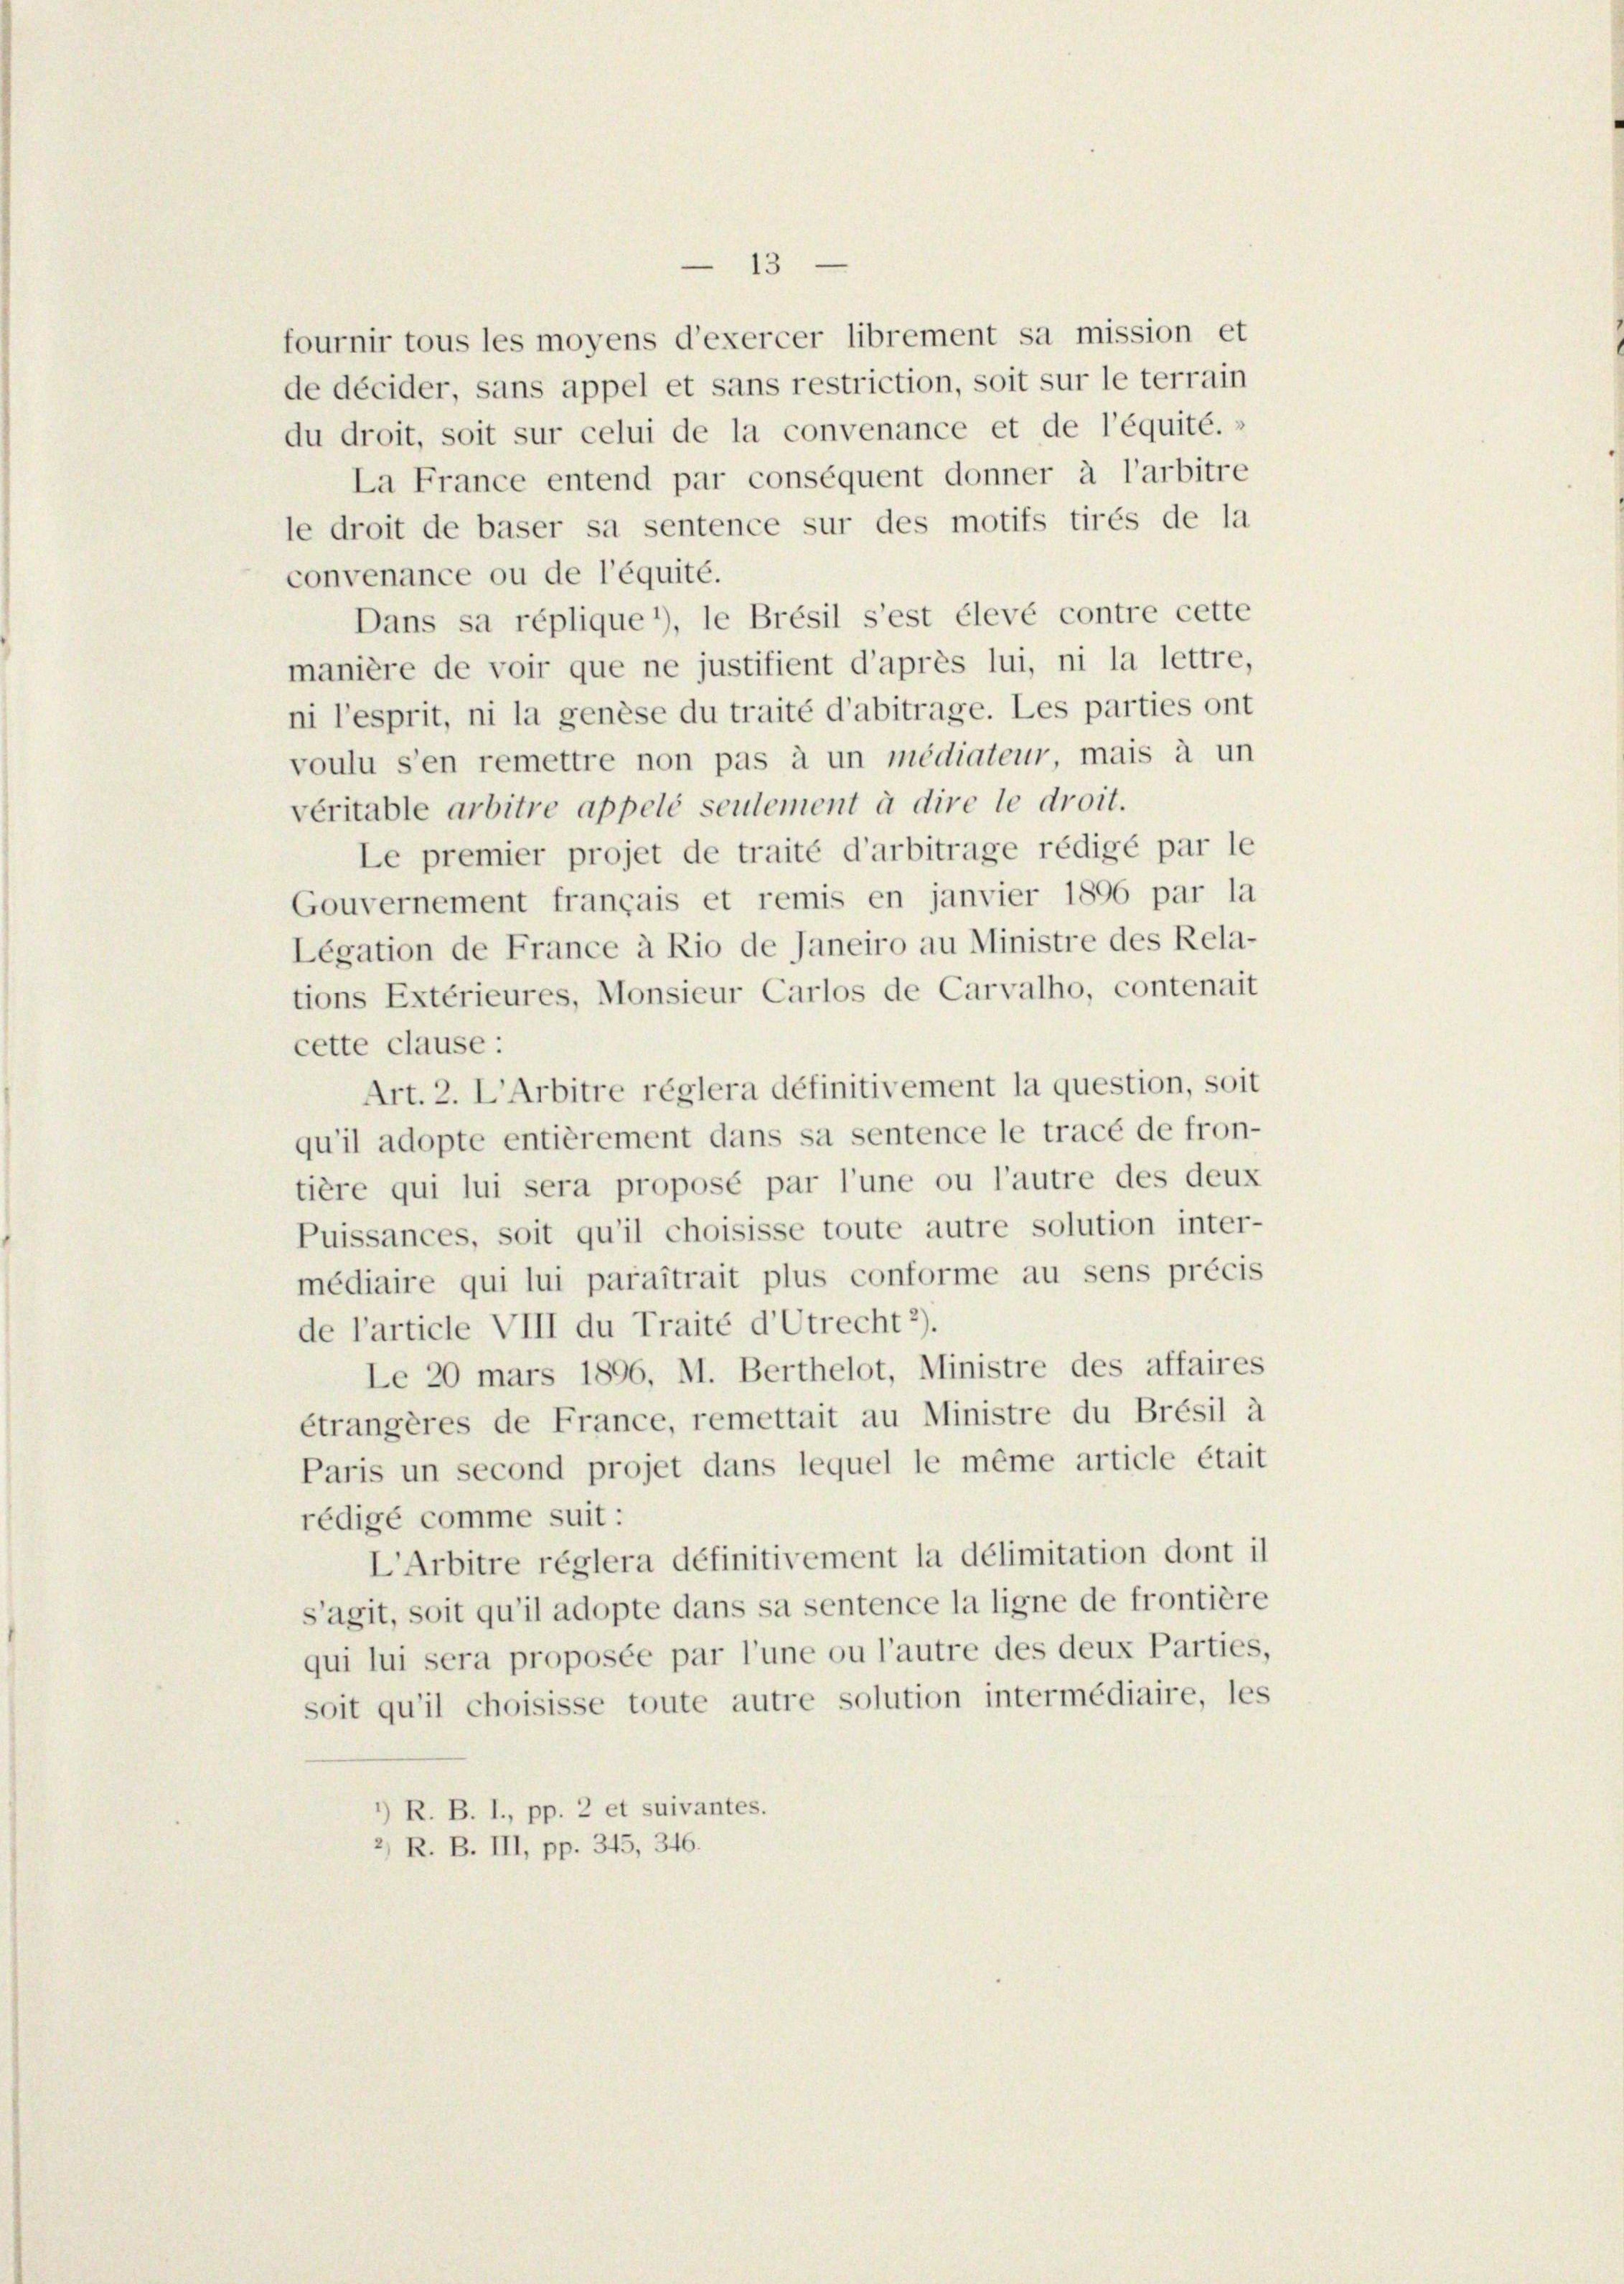
13

fournir tous les moyens d’exercer librement sa mission et
de décider, sans appel et sans restriction, soit sur le terrain
du droit, soit sur celui de la convenance et de l’équité.
La France entend par conséquent donner à l’arbitre
le droit de baser sa sentence sur des motifs tirés de la
convenance ou de l’équité.
Dans sa réplique *), le Brésil s’est élevé contre cette
manière de voir que ne justifient d’après lui, ni la lettre,
ni l’esprit, ni la genese du traité d’abitrage. Les parties ont
voulu s’en remettre non pas à un médiateur, mais à un
veritable arbitre appelé seulement à dire le droit.
Le premier projet de traité d’arbitrage rédigé par le
Gouvernement français et remis en janvier 1896 par la
Légation de France à Rio de Janeiro au Ministre des Rela-
tions Extérieures, Monsieur Carlos de Carvalho, contenait
cette clause.
Art. 2. L’Arbitre réglera définitivement la question, soit
qu’il adopte entièrement dans sa sentence le tracé de fron-
tière qui lui sera proposé par l’une ou l’autre des deux
Puissances, soit qu’il choisisse toute autre solution inter-
médiaire qui lui paraîtrait plus conforme au sens précis
de l’article VIII du Traité d’Utrecht 2).
Le 20 mars 1896, M. Berthelot, Ministre des affaires
étrangères de France, remettait au Ministre du Brésil à
Paris un second projet dans lequel le même article était
rédigé comme suit:
L’Arbitre réglera définitivement la délimitation dont il
s’agit, soit qu’il adopte dans sa sentence la ligne de frontière
qui lui sera proposée par l’une ou l’autre des deux Parties,
soit qu’il choisisse toute autre solution intermédiaire, les
*) R. B. I., pp. 2 et suivantes.
2) R. B. III, pp. 345, 346.